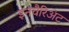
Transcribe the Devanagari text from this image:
इनवैरिअंट